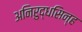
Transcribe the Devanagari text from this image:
अनिरुद्धसिन्ह